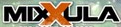
MIXXULA